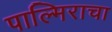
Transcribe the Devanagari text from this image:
पाल्मिराचा